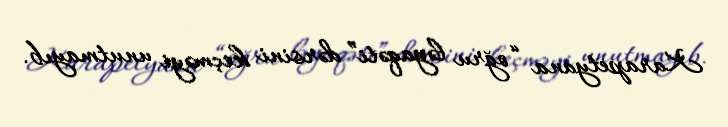
Karapetyana “oğru ləyaqəti” dərsini keçməyi unutmayıb.